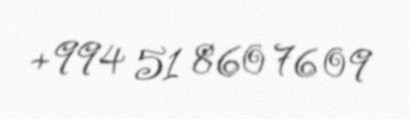
+994 51 860 76 09